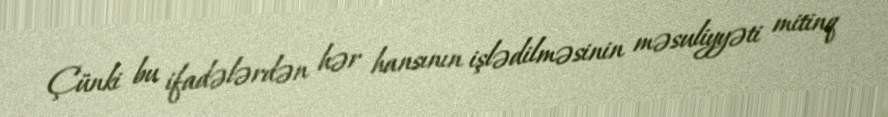
Çünki bu ifadələrdən hər hansının işlədilməsinin məsuliyyəti mitinq